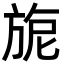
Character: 旎